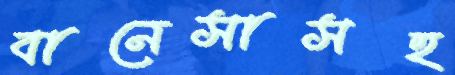
বানেসাসহ